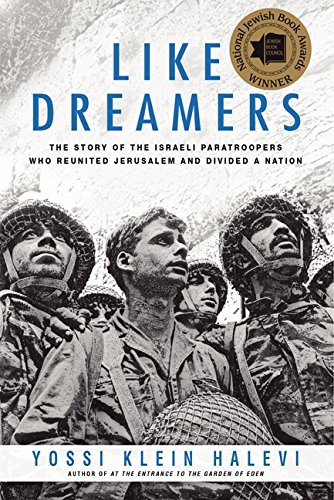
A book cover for Like Dreamers: The Story of the Israeli Paratroopers Who Reunited Jerusalem and Divided a Nation; Yossi Klein Halevi; History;